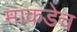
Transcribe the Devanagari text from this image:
माकडेच